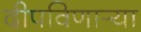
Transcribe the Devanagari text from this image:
दीपविणार्‍या